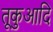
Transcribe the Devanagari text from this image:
तूकुआदि